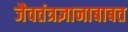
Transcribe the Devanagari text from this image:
जैवतंत्रज्ञानाबाबत